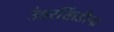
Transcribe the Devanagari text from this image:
उंबरखिंडीचा